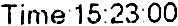
TIME 15:23:00